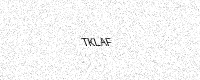
Text: TKLAF